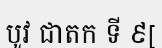
បូវ ជាតក ទី ៩[